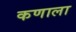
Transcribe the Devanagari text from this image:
कणाला